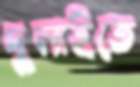
দুলাইতে